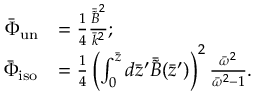
\begin{array} { r l } { \bar { \Phi } _ { \mathrm { u n } } } & { = \frac { 1 } { 4 } \frac { \bar { \tilde { B } } ^ { 2 } } { \bar { k } ^ { 2 } } ; } \\ { \bar { \Phi } _ { \mathrm { i s o } } } & { = \frac { 1 } { 4 } \left( \int _ { 0 } ^ { \bar { z } } d \bar { z } ^ { \prime } \bar { \tilde { B } } ( \bar { z } ^ { \prime } ) \right) ^ { 2 } \frac { \bar { \omega } ^ { 2 } } { \bar { \omega } ^ { 2 } - 1 } . } \end{array}